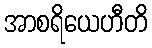
အာစရိယေဟီတိ